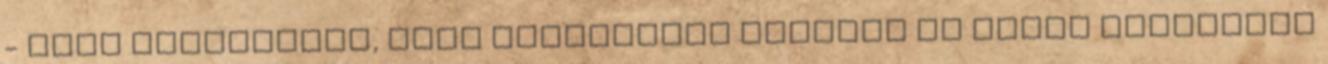
- vagy egyszerűen, csak mostanában kezdett el Téged érdekelni